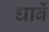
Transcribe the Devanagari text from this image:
धाबें